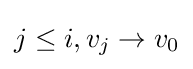
j\leq i,v_{j}\rightarrow v_{0}